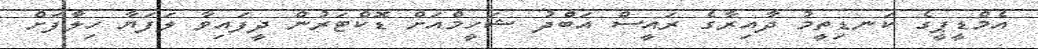
އެމްޑީޕީގެ ކަނޑިތީމު ދާއިރާގެ ރައީސް އަބްދު ޝަހީމްއަށް ޑޮކްޓަރުން ދީފައިވާ ލަފަޔާ ހިލާފަށް